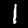
Digit: 1